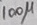
Text: 100µ